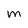
Character: m